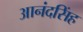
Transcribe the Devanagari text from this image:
आनंदसिंह